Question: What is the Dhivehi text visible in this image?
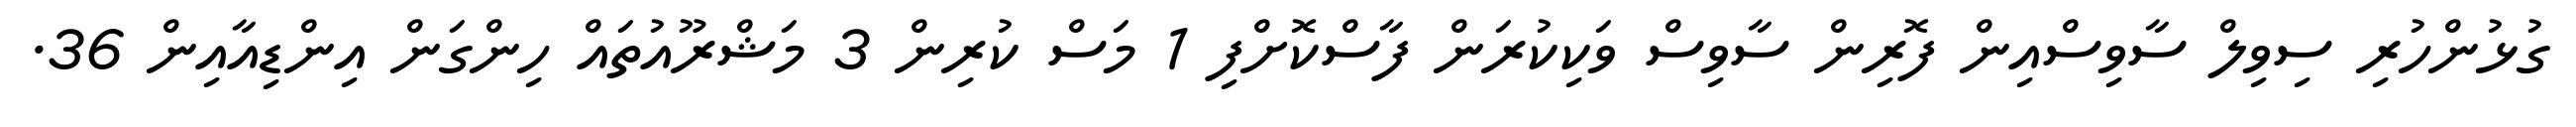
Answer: ގުޅުންހުރި ސިވިލް ސާވިސްއިން ފޮރިން ސާވިސް ވަކިކުރަން ފާސްކޮށްފި 1 މަސް ކުރިން 3 މަޝްރޫއުތައް ހިންގަން އިންޑިއާއިން 36.